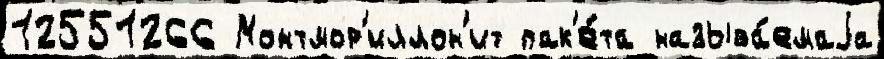
12551266 Монтмор'иллон'ит пак'е́та называ́емаjа